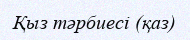
Қыз тәрбиесі (қаз)